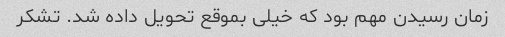
زمان رسیدن مهم بود که خیلی بموقع تحویل داده شد. تشکر